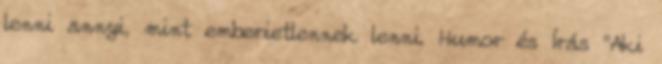
lenni annyi, mint emberietlennek lenni. Humor és Írás "Aki